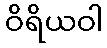
ဝိရိယဝါ